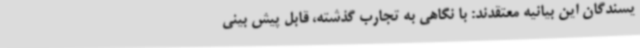
یسندگان این بیانیه معتقدند: با نگاهی به تجارب گذشته، قابل پیش بینی